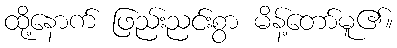
ထို့နောက် ဖြည်းညင်းစွာ မိန့်တော်မူ၏။